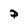
Character: P